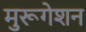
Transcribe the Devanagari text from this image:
मुरूगेशन